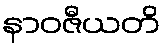
နာဝဇီယတိ